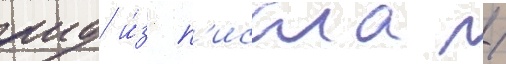
аид и́з п'исала /